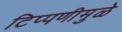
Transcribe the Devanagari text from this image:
टिप्पणीमुळे